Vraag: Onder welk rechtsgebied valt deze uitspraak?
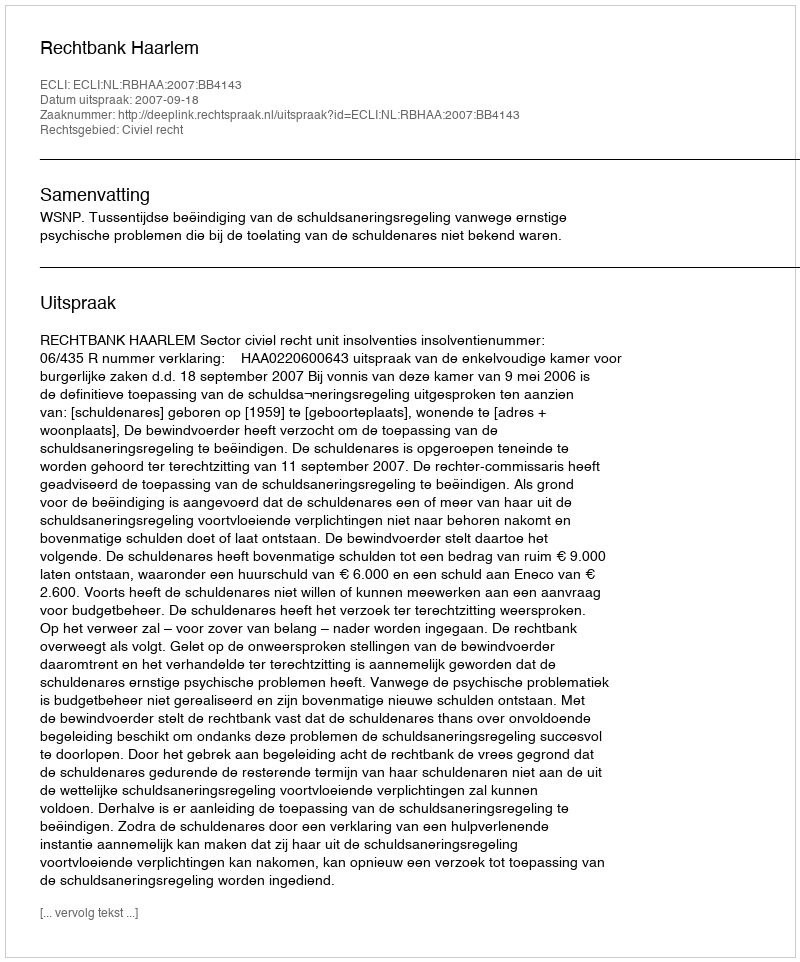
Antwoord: Civiel recht